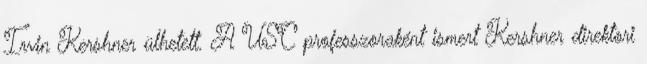
Irvin Kershner ülhetett. A USC professzoraként ismert Kershner direktori